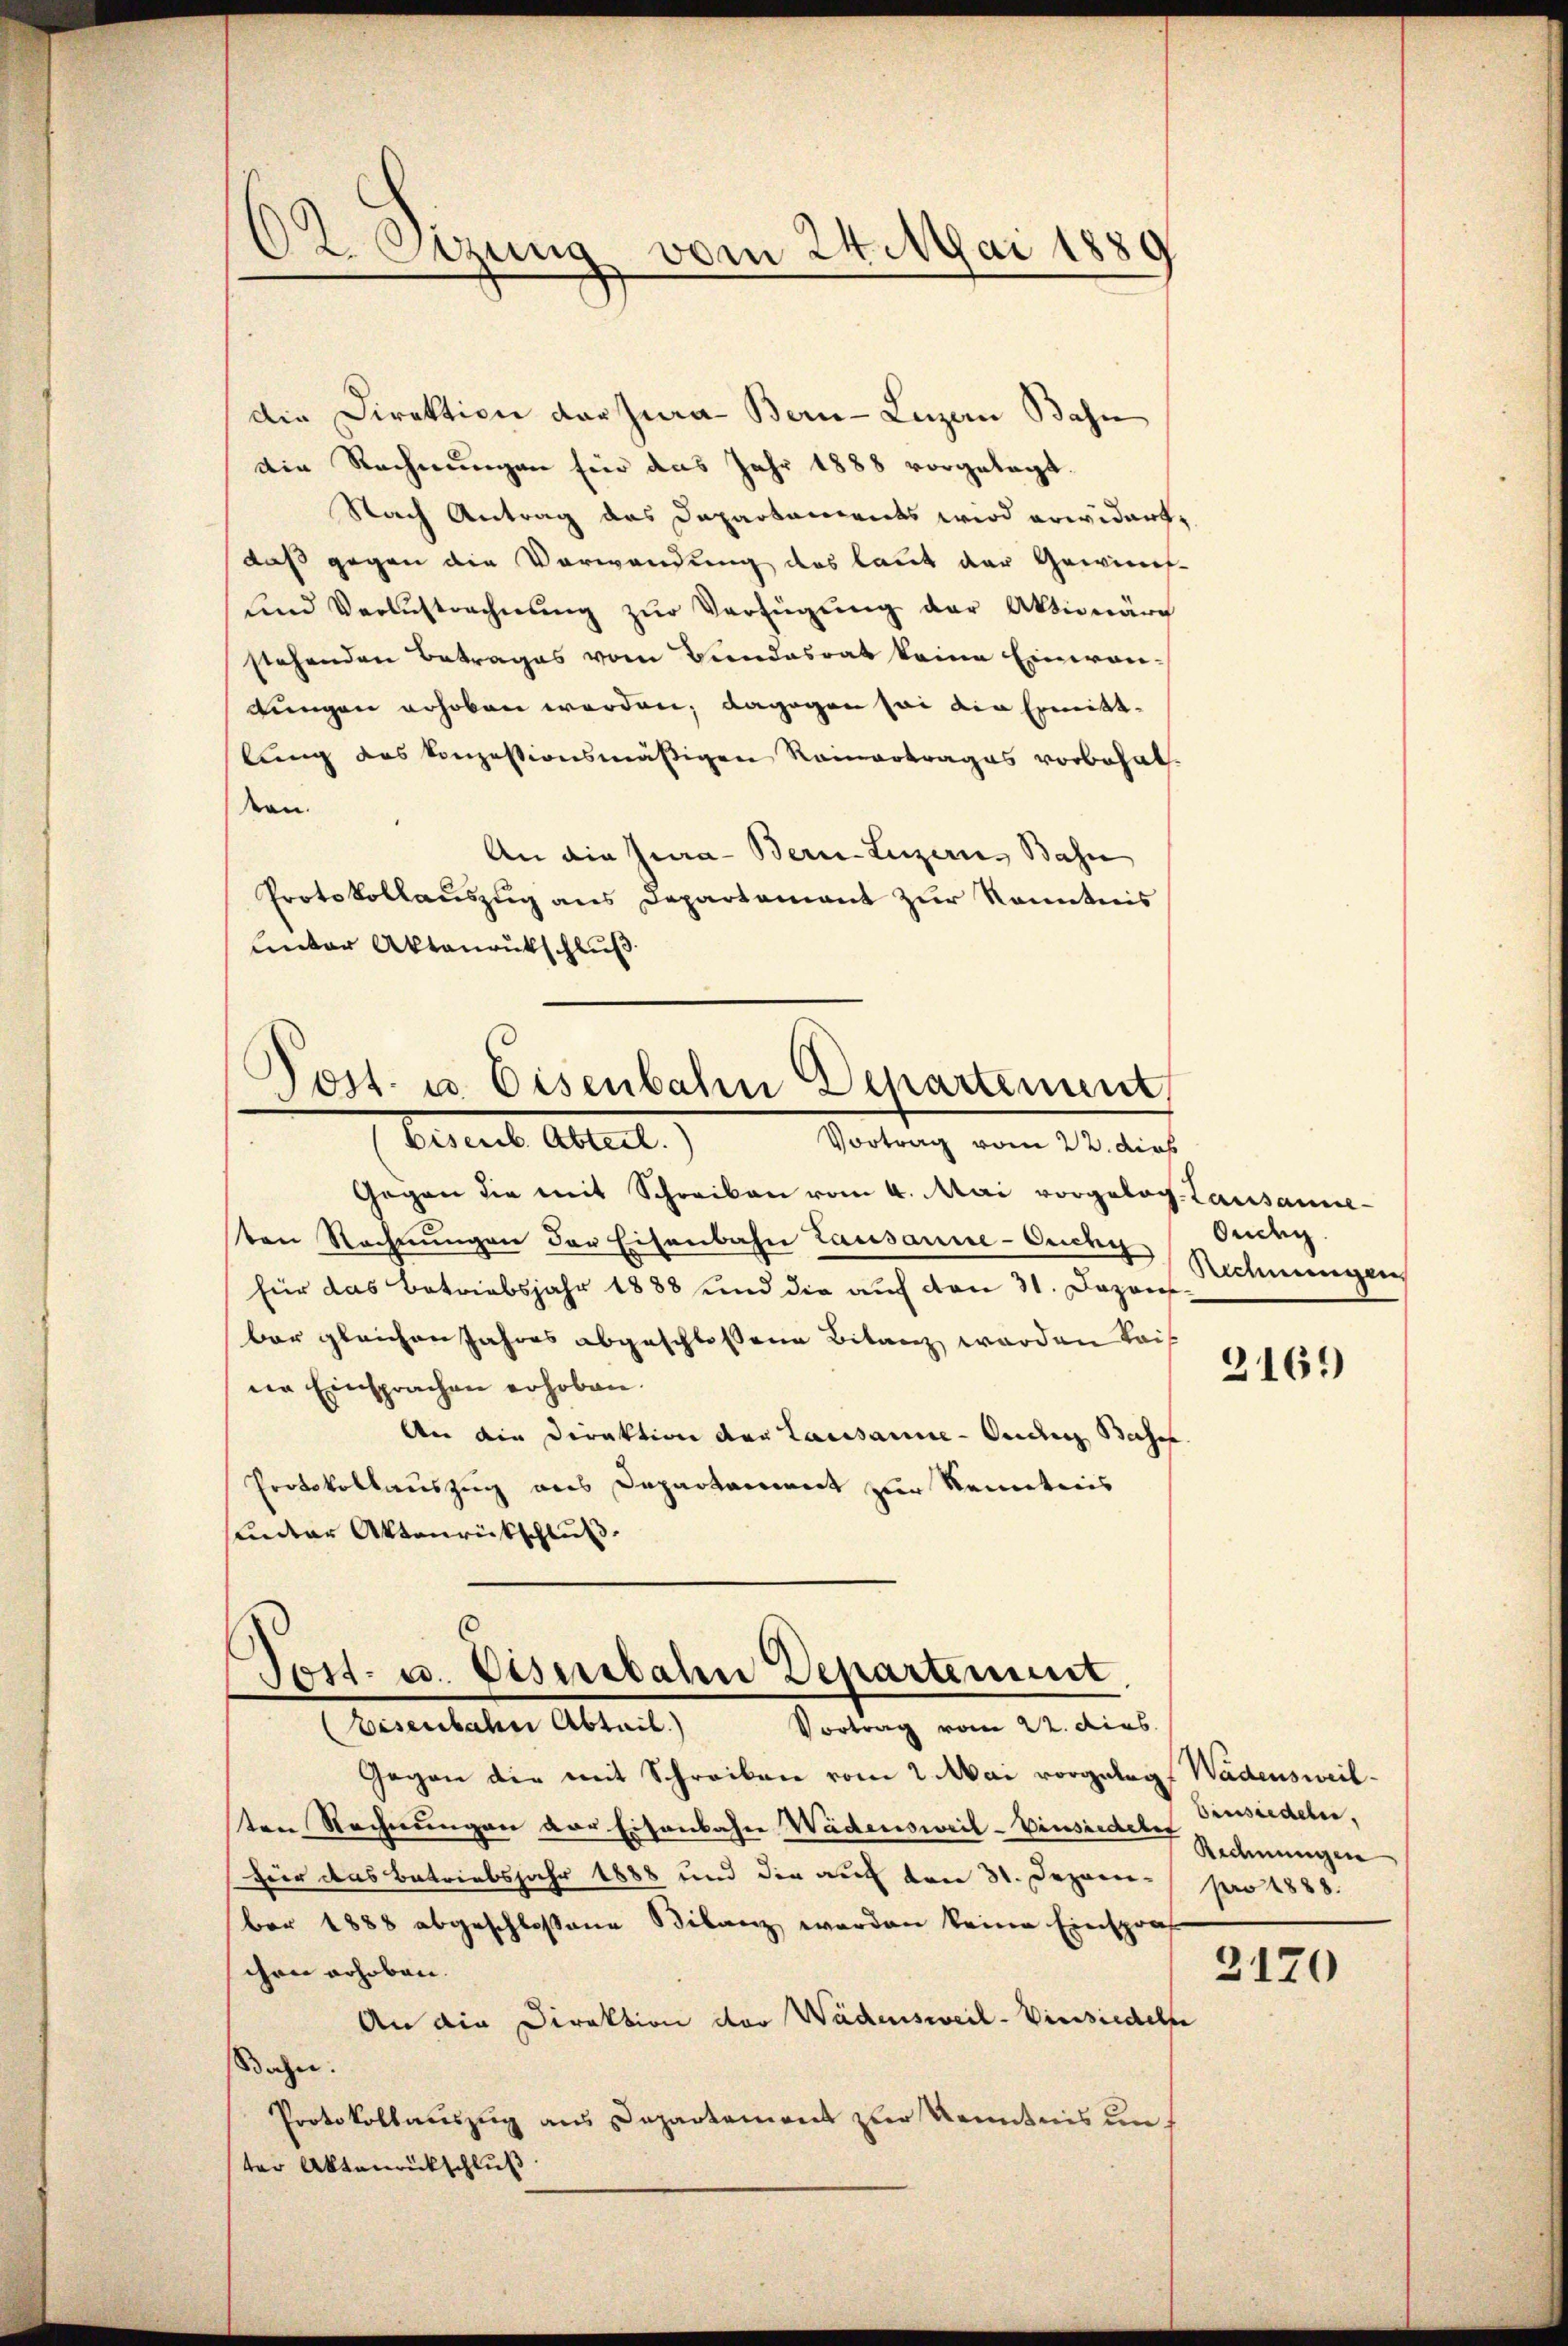
02. Sizung vom 24. Mai 1880

die Direktion der Jura Bern-Luzern Bahn
die Rechnungen für das Jahr 1888 vorgelegt.
Nach Antrag des Departaments wird erwidert,
daß gegen die Verwendung des laut der Gewinds-
und Verlustrechnŭng zŭr Verfügŭng der Aktionärg
stehenden Betrages vom Bundesrat keine Einwanlungen erhoben werden; dagegen sei die Ermittlung des konzessionsmäßigen Rainertrages vorbehal-
den.
An die Jura - Bern-Luzern, Bahn
Protokollaŭszŭg ans Departement zŭr Kenntnis
Lnter Aktenrückschluß

Post. u. Eisenbahn Departement,
Bereine Abteil
Vortrag vom 23. dies

Gegen die mit Schreiben vom 4. Mai vorgelog. Lausanne
ten Rechnungen der Eisenbahn Lausanne-Ouchy Ouchy.
für das Betriebsjahr 1888 und die auf den 31. Dezons Schnungen
bar gleichen Jahres abgeschlossene Bitanz werden kais
ne Einsprachen erhoben.
An die Direktion der Lausanne-Orden Base
Protokollauszug aus Departament zur Kenntnis
sunter Aktenrückschluß

Post- u. Eisenbahn Departement,
Vortrag vom 22. dies
Eisenbahn Abtail.)

Gegen die mit Schreiben vom 2. Mai vorgelegt Wadensweil.
ten Rechnungen der Eisenbahn Wädensweil–Einsieder Rechnungen
für das Betriebsjahr 1888 und die auf den 31. Dezem- pro 1888.
ber 1888 abgeschlossene Bilanz werden keine Einsprach
chen erhoben.
An die Direktion der Wädensweil-Versiedelle
Bahn.
Protokollauszug aus Departement zur Kenntnis unter Aktenrückschluß

2169

binsiedeln,

2170